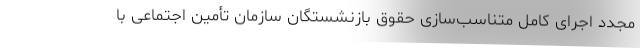
مجدد اجرای کامل متناسب‌سازی حقوق بازنشستگان سازمان تأمین اجتماعی با